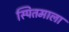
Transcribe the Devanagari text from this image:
स्पितमाला